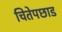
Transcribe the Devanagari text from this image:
चितेपछाड